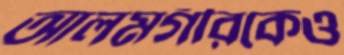
আলমগীরকেও